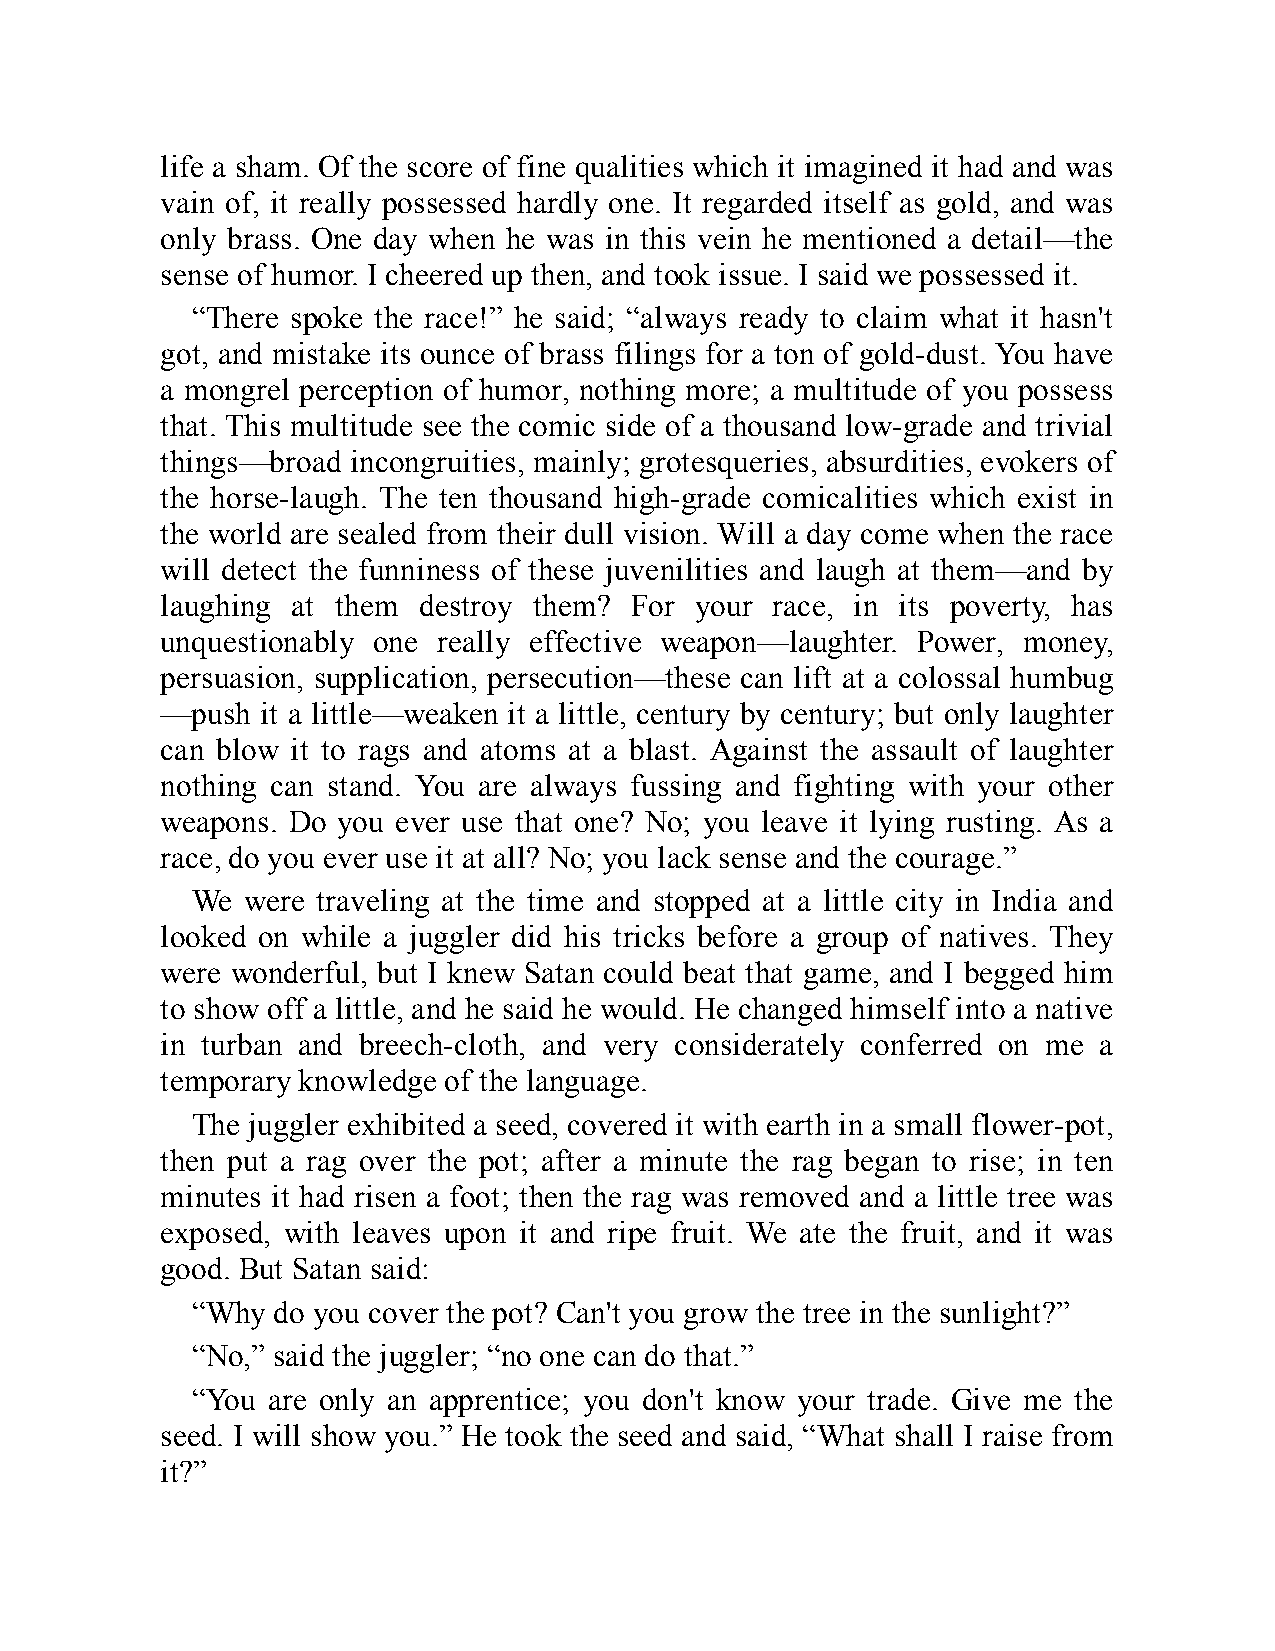
life a sham. Of the score of fine qualities which it imagined it had and was
 vain of, it really possessed hardly one. It regarded itself as gold, and was
 only brass. One day when he was in this vein he mentioned a detail—the
 sense of humor. I cheered up then, and took issue. I said we possessed it.
 “There spoke the race!” he said; “always ready to claim what it hasn't
 got, and mistake its ounce of brass filings for a ton of gold-dust. You have
 a mongrel perception of humor, nothing more; a multitude of you possess
 that. This multitude see the comic side of a thousand low-grade and trivial
 things—broad incongruities, mainly; grotesqueries, absurdities, evokers of
 the horse-laugh. The ten thousand high-grade comicalities which exist in
 the world are sealed from their dull vision. Will a day come when the race
 will detect the funniness of these juvenilities and laugh at them—and by
 laughing at them destroy them? For your race, in its poverty, has
 unquestionably one really effective weapon—laughter. Power, money,
 persuasion, supplication, persecution—these can lift at a colossal humbug
 —push it a little—weaken it a little, century by century; but only laughter
 can blow it to rags and atoms at a blast. Against the assault of laughter
 nothing can stand. You are always fussing and fighting with your other
 weapons. Do you ever use that one? No; you leave it lying rusting. As a
 race, do you ever use it at all? No; you lack sense and the courage.”
 We were traveling at the time and stopped at a little city in India and
 looked on while a juggler did his tricks before a group of natives. They
 were wonderful, but I knew Satan could beat that game, and I begged him
 to show off a little, and he said he would. He changed himself into a native
 in turban and breech-cloth, and very considerately conferred on me a
 temporary knowledge of the language.
 The juggler exhibited a seed, covered it with earth in a small flower-pot,
 then put a rag over the pot; after a minute the rag began to rise; in ten
 minutes it had risen a foot; then the rag was removed and a little tree was
 exposed, with leaves upon it and ripe fruit. We ate the fruit, and it was
 good. But Satan said:
 “Why do you cover the pot? Can't you grow the tree in the sunlight?”
 “No,” said the juggler; “no one can do that.”
 “You are only an apprentice; you don't know your trade. Give me the
 seed. I will show you.” He took the seed and said, “What shall I raise from
 it?”